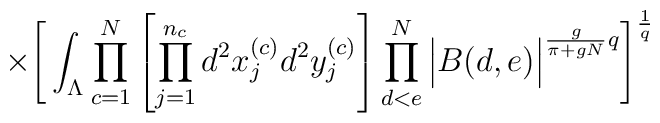
\times\Bigg[ \int_{\Lambda} \prod_{c=1}^N \left[ \prod_{j=1}^{n_c}d^2x_{j}^{(c)} d^2y_{j}^{(c)} \right] \prod_{d<e}^N\Big| B(d,e) \Big|^{\frac{g}{\pi+gN}q} \Bigg]^{\frac{1}{q}}